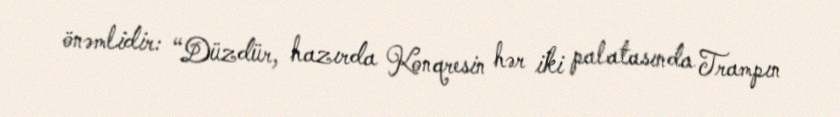
önəmlidir: “Düzdür, hazırda Konqresin hər iki palatasında Trampın